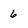
Character: 6